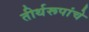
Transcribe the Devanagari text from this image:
तीर्थरूपांचे